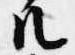
ル